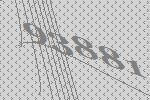
93881